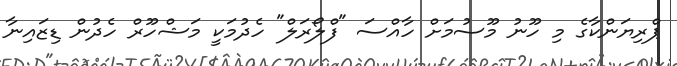
ޕްރިޔަންކާގެ މި ހޫނު މޫސުމަށް ހާއްސަ "ފްލޯރަލް" ހެދުމަކީ މަޝްހޫރް ހެދުން ޑިޒައިނާ